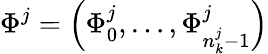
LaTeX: \Phi^{j}=\left(\Phi_{0}^{j},\dots,\Phi_{n_{k}^{j}-1}^{j}\right)